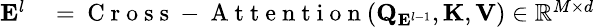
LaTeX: \small\begin{array}{rl}{\mathbf{E}^{l}}&{{}=\mathrm{~C~r~o~s~s~-~A~t~t~e~n~t~i~o~n~}(\mathbf{Q}_{\mathbf{E}^{l-1}},\mathbf{K},\mathbf{V})\in\mathbb{R}^{M\times d}}\end{array}